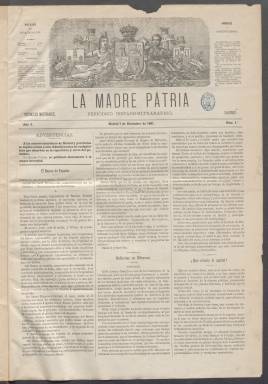
Título: La Madre patria
Colección: Periódicos
Ámbito geográfico: Madrid
Lugar de publicación: Madrid
Fechas: 07/12/1881-20/12/1885